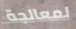
لمعالجة